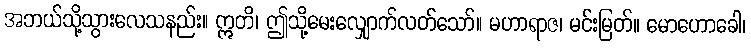
အဘယ်သို့သွားလေသနည်း။ ဣတိ၊ ဤသို့မေးလျှောက်လတ်သော်။ မဟာရာဇ၊ မင်းမြတ်။ မောဟောခေါ၊